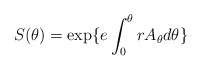
\begin{align*}S(\theta) = \exp\{e\int^\theta_0 rA_\theta d\theta \}\end{align*}